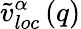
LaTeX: \tilde{v}_{loc}^{\alpha}\left(q\right)